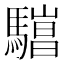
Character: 𱄯